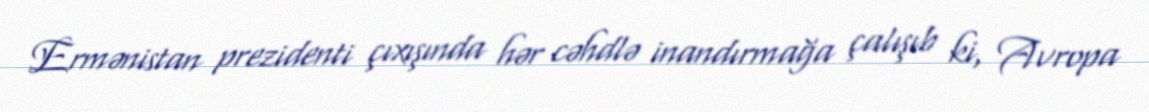
Ermənistan prezidenti çıxışında hər cəhdlə inandırmağa çalışıb ki, Avropa